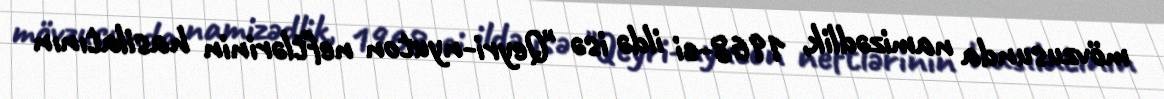
mövzusunda namizədlik, 1968-ci ildə isə "Qeyri-nyuton neftlərinin hasilatının